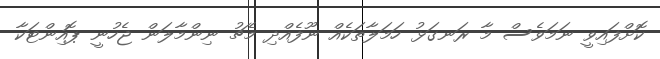
ކޮށްފައިވީ ނަމަވެސް މާ ރަނގަޅު ހަމަލާތަކެއް ނޫފެއްދި މެޗު ނިންމާލަން ޖެހުނީ ޕޮއިންޓަކާ